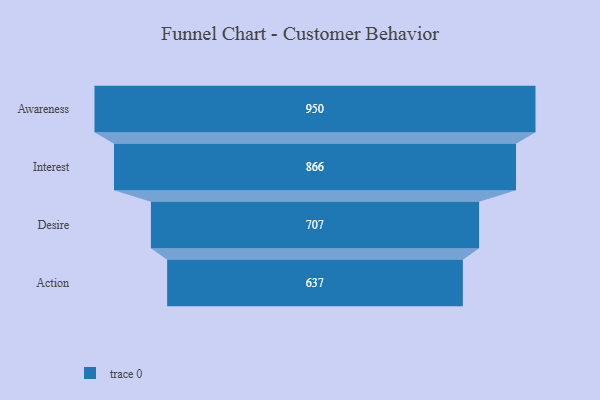
{"axis": {"x": "Stage", "y": "Value"}, "legend": [""], "data": [{"x": "Awareness", "y": 950.0, "type": ""}, {"x": "Interest", "y": 866.0, "type": ""}, {"x": "Desire", "y": 707.0, "type": ""}, {"x": "Action", "y": 637.0, "type": ""}]}